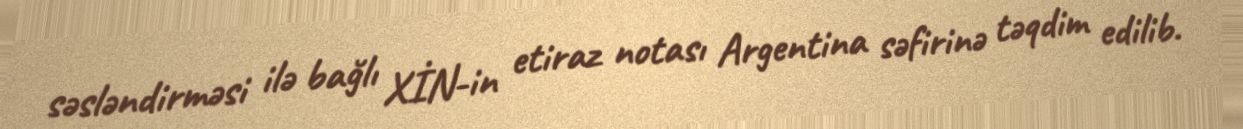
səsləndirməsi ilə bağlı XİN-in etiraz notası Argentina səfirinə təqdim edilib.